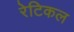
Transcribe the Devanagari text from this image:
रेटिकल